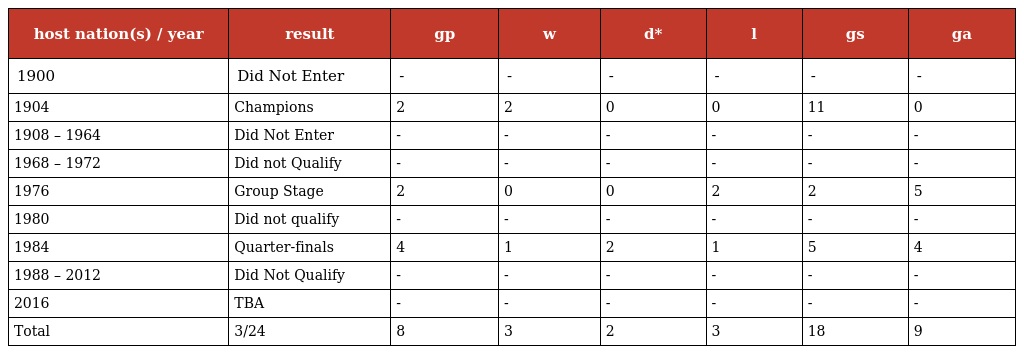
| host nation(s) / year | result | gp | w | d* | l | gs | ga |
 | --- | --- | --- | --- | --- | --- | --- | --- |
 | 1900 | Did Not Enter | - | - | - | - | - | - |
 | 1904 | Champions | 2 | 2 | 0 | 0 | 11 | 0 |
 | 1908 – 1964 | Did Not Enter | - | - | - | - | - | - |
 | 1968 – 1972 | Did not Qualify | - | - | - | - | - | - |
 | 1976 | Group Stage | 2 | 0 | 0 | 2 | 2 | 5 |
 | 1980 | Did not qualify | - | - | - | - | - | - |
 | 1984 | Quarter-finals | 4 | 1 | 2 | 1 | 5 | 4 |
 | 1988 – 2012 | Did Not Qualify | - | - | - | - | - | - |
 | 2016 | TBA | - | - | - | - | - | - |
 | Total | 3/24 | 8 | 3 | 2 | 3 | 18 | 9 |